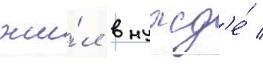
жи́л в нужд'е́ /